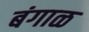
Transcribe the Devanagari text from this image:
बंगाळ